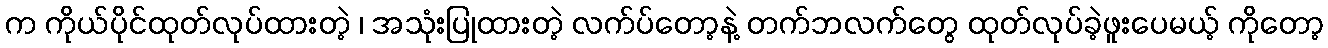
က ကိုယ်ပိုင်ထုတ်လုပ်ထားတဲ့ ၊ အသုံးပြုထားတဲ့ လက်ပ်တော့နဲ့ တက်ဘလက်တွေ ထုတ်လုပ်ခဲ့ဖူးပေမယ့် ကိုတော့